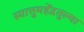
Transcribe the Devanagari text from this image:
स्यात्तुमहेंद्रतुल्या